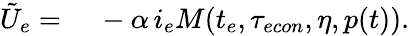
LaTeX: \begin{array}{rl}{\tilde{U}_{e}=}&{{}\ -\alpha\, i_{e}M(t_{e},{\tau_{econ}},\eta,p(t)).}\end{array}